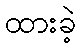
ထားခဲ့